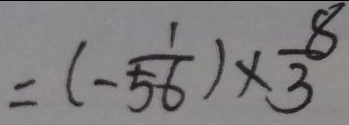
= ( - \frac { 1 } { 5 6 } ) \times \frac { 8 } { 3 }